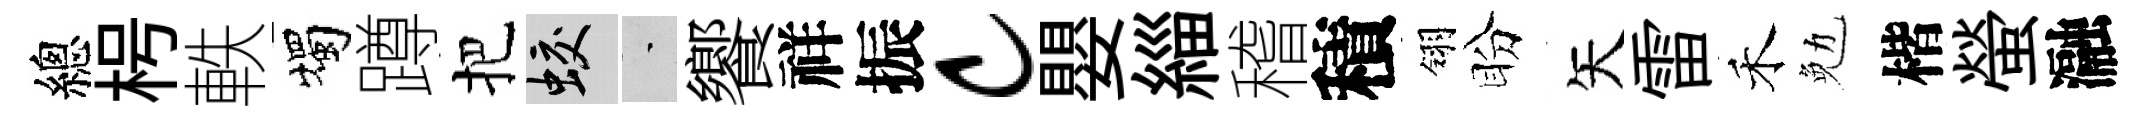
總枵軼燭蹲把蛟蒙饗祥振c嬰緇稽積翎盼矢雷禾勉楷螢瀜